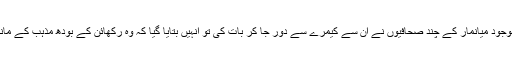
میرے ساتھ موجود میانمار کے چند صحافیوں نے ان سے کیمرے سے دور جا کر بات کی تو انہیں بتایا گیا کہ وہ رکھائن کے بودھ مذہب کے ماننے والے ہیں۔